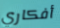
أفكاري